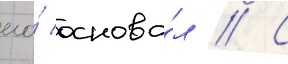
его́ основа́л // С